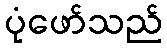
ပုံဖော်သည်